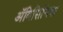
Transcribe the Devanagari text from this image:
अॅबिसिनिया